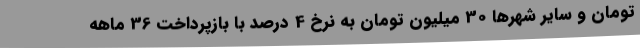
تومان و سایر شهرها 30 میلیون تومان به نرخ 4 درصد با بازپرداخت 36 ماهه